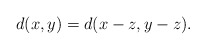
\begin{align*}d(x,y)=d(x-z,y-z).\end{align*}